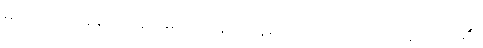
မတတ်သာသည့်အဆုံး မခင်ဘုန်း ထန်းပင်ပေါ် တက်ပြေး သွားလေ၏။